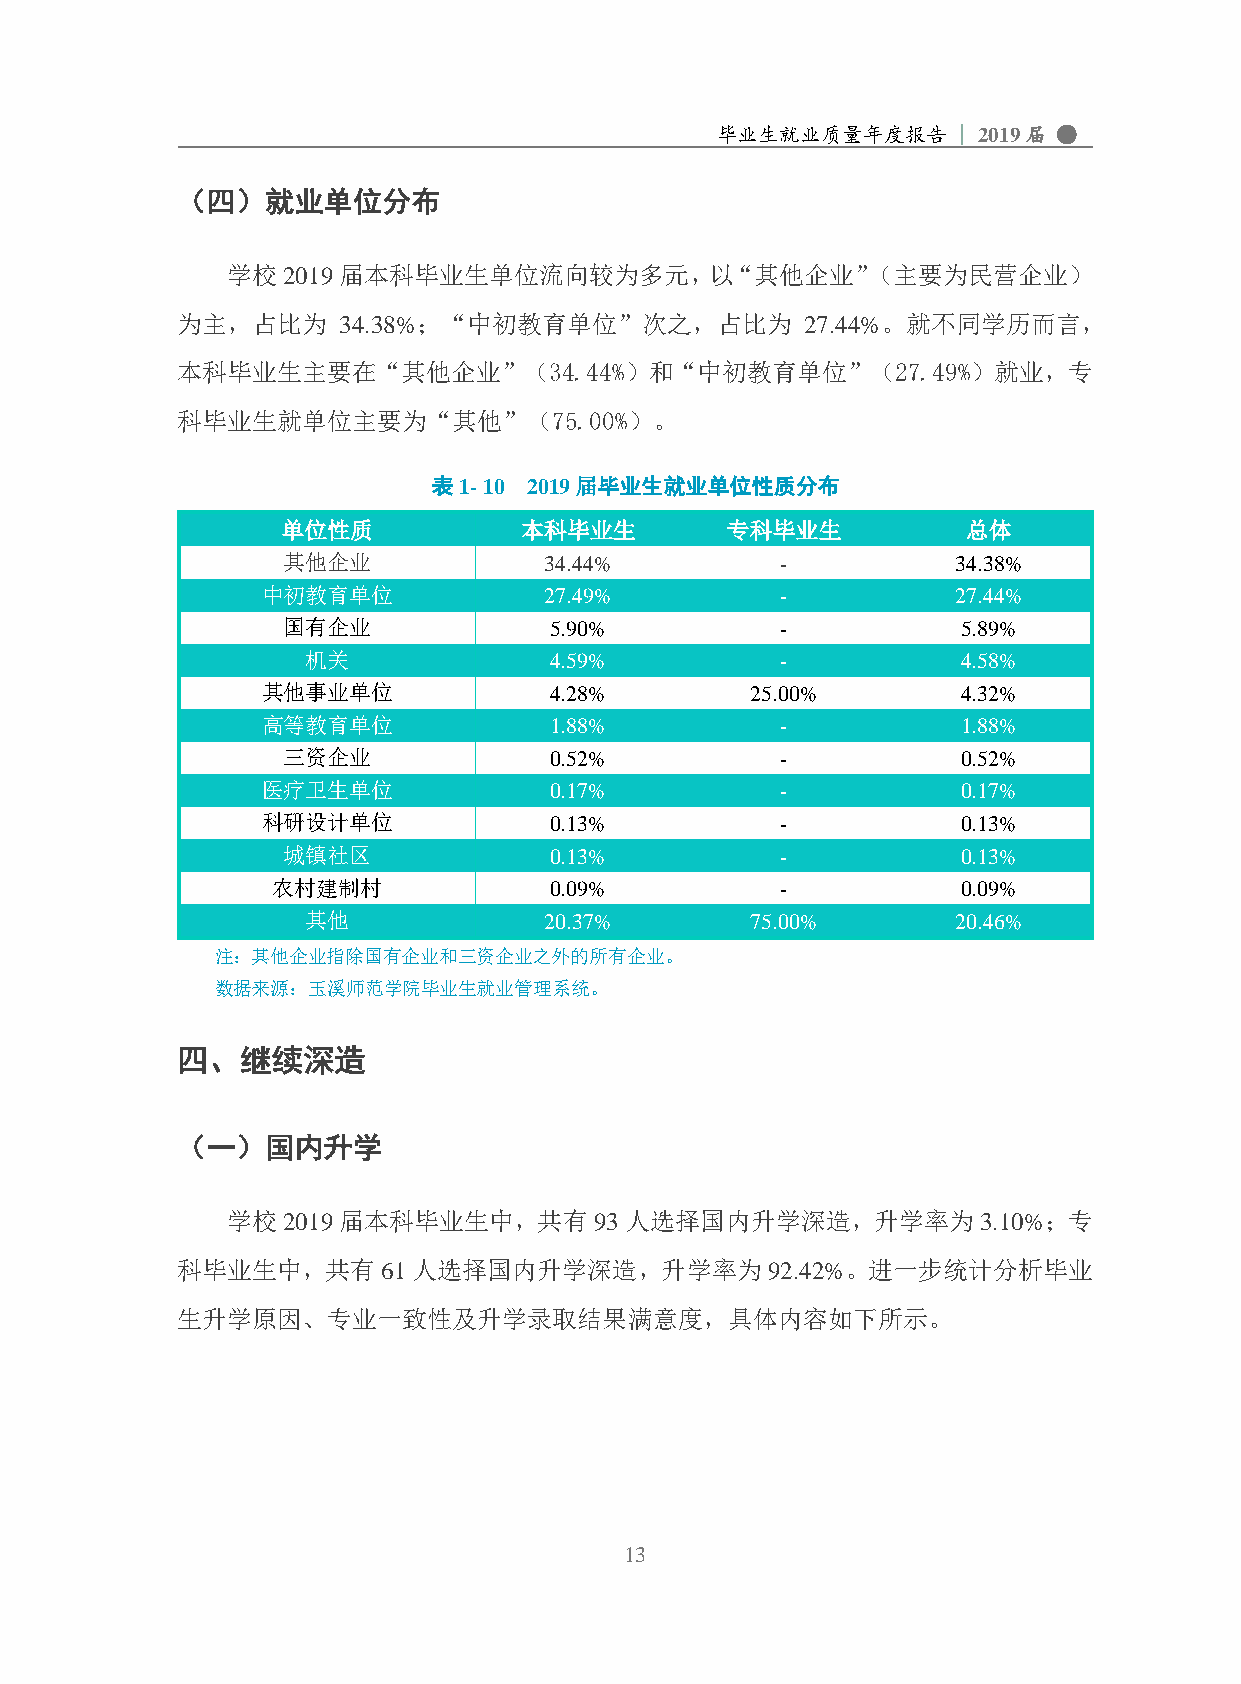
毕业生就业质量年度报告     | 2019届 ●
 （四）就业单位分布
 学校2019届本科毕业生单位流向较为多元，以“其他企业”（主要为民营企业）
 为主，占比为    34.38%；“中初教育单位”次之，占比为          27.44%。就不同学历而言，
 本科毕业生主要在“其他企业”（34.44%）和“中初教育单位”（27.49%）就业，专
 科毕业生就单位主要为“其他”（75.00%）。
 表1- 10 2019届毕业生就业单位性质分布
 单位性质           本科毕业生         专科毕业生           总体
 其他企业             34.44%          -          34.38%
 中初教育单位             27.49%          -          27.44%
 国有企业             5.90%           -           5.89%
 机关              4.59%           -           4.58%
 其他事业单位             4.28%         25.00%        4.32%
 高等教育单位             1.88%           -           1.88%
 三资企业             0.52%           -           0.52%
 医疗卫生单位             0.17%           -           0.17%
 科研设计单位             0.13%           -           0.13%
 城镇社区             0.13%           -           0.13%
 农村建制村             0.09%           -           0.09%
 其他              20.37%        75.00%       20.46%
 注：其他企业指除国有企业和三资企业之外的所有企业。
 数据来源：玉溪师范学院毕业生就业管理系统。
 四、继续深造
 （一）国内升学
 学校2019届本科毕业生中，共有93人选择国内升学深造，升学率为3.10%；专
 科毕业生中，共有61人选择国内升学深造，升学率为92.42%。进一步统计分析毕业
 生升学原因、专业一致性及升学录取结果满意度，具体内容如下所示。
 13